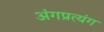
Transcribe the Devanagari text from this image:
अंगप्रत्यंग